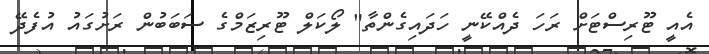
އެއީ ޓޫރިސްޓަށް ރަހަ ދެއްކޭނީ ހަދައިގެންތާ" ލޯކަލް ޓޫރިޒަމްގެ ސަބަބުން ރަށުގައު އުފެދޭ